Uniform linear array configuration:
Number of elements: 8
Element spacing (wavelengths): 0.5
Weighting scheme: binomial
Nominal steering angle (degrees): -45
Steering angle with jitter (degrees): -43.76
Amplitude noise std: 0.05
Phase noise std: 0.05

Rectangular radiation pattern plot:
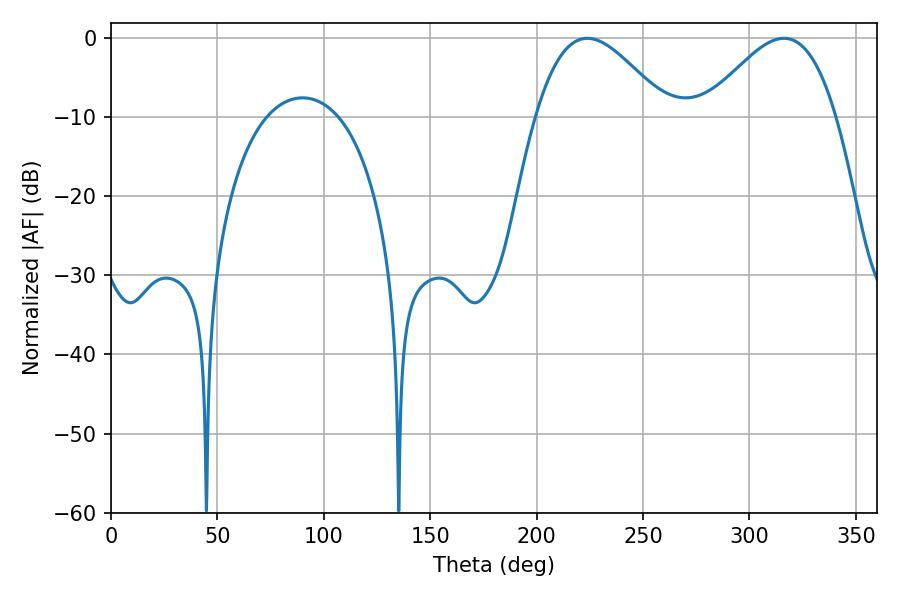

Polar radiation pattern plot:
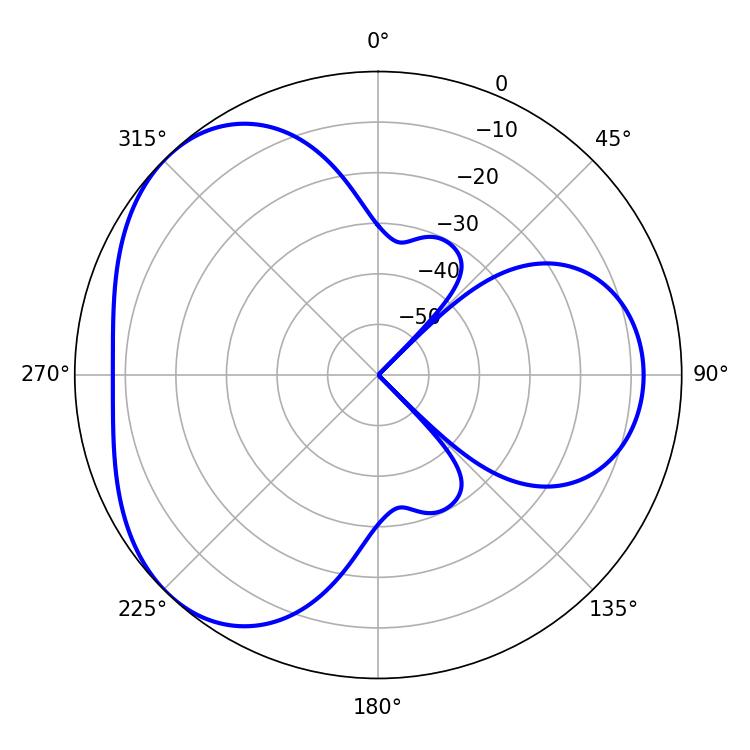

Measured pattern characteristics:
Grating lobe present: FALSE
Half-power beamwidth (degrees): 33.3
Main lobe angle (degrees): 223.74